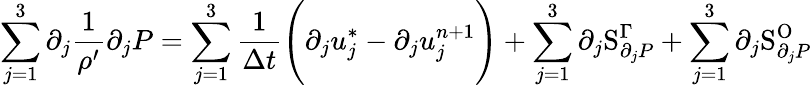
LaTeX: \sum_{j=1}^{3}\partial_{j}\frac{1}{\rho^{\prime}}\partial_{j}P=\sum_{j=1}^{3}\frac{1}{\Delta t}\Bigg(\partial_{j}u_{j}^{*}-\partial_{j}u_{j}^{n+1}\Bigg)+\sum_{j=1}^{3}\partial_{j}\mathrm{S}_{\partial_{j}P}^{\Gamma}+\sum_{j=1}^{3}\partial_{j}\mathrm{S}_{\partial_{j}P}^{\mathrm{O}}